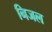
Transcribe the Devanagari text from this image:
निजल